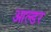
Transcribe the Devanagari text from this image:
आल्डर